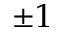
\pm 1